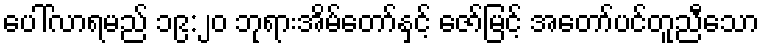
ပေါ်လာရမည် ၁၉:၂၀ ဘုရားအိမ်တော်နှင့် ဇော်မြင့် အတော်ပင်တူညီသော